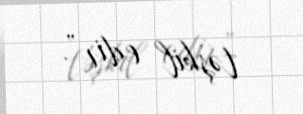
təşkil edir”.